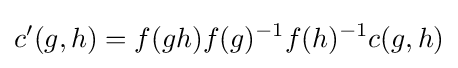
c^{\prime }(g,h)=f(gh)f(g)^{-1}f(h)^{-1}c(g,h)